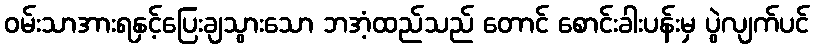
ဝမ်းသာအားရနှင့်ပြေးချသွားသော ဘအံ့ထည်သည် တောင် စောင်းခါးပန်းမှ ပွဲလျက်ပင်